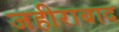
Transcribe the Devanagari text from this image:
जहीराबाद